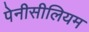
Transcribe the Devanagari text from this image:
पेनीसीलियम